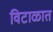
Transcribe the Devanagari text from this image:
विटाळात